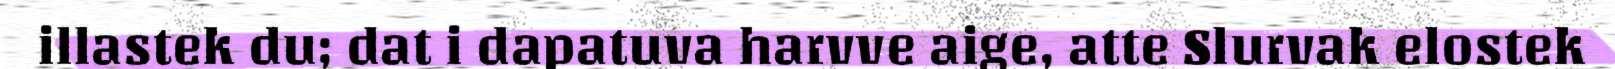
illastek du; dat i dapatuva harvve aige, atte Slurvak elostek